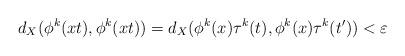
LaTeX: \begin{align*}d_X(\phi^k(xt),\phi^k(xt)) = d_X(\phi^k(x)\tau^k(t),\phi^k(x)\tau^k(t')) < \varepsilon\end{align*}